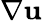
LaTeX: \nabla\boldsymbol{\mathbf{u}}